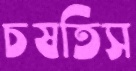
চষতিস